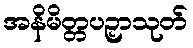
အနိမိတ္တပဉှာသုတ်